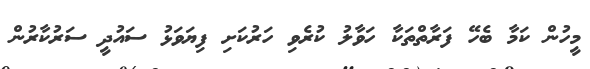
މީހުން ކަމާ ބެހޭ ފަރާތްތަކާ ހަވާލު ކުރެވި ހަރުކަށި ފިޔަވަޅު ސައުދީ ސަރުކާރުން